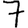
Digit: 7